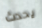
يحدث